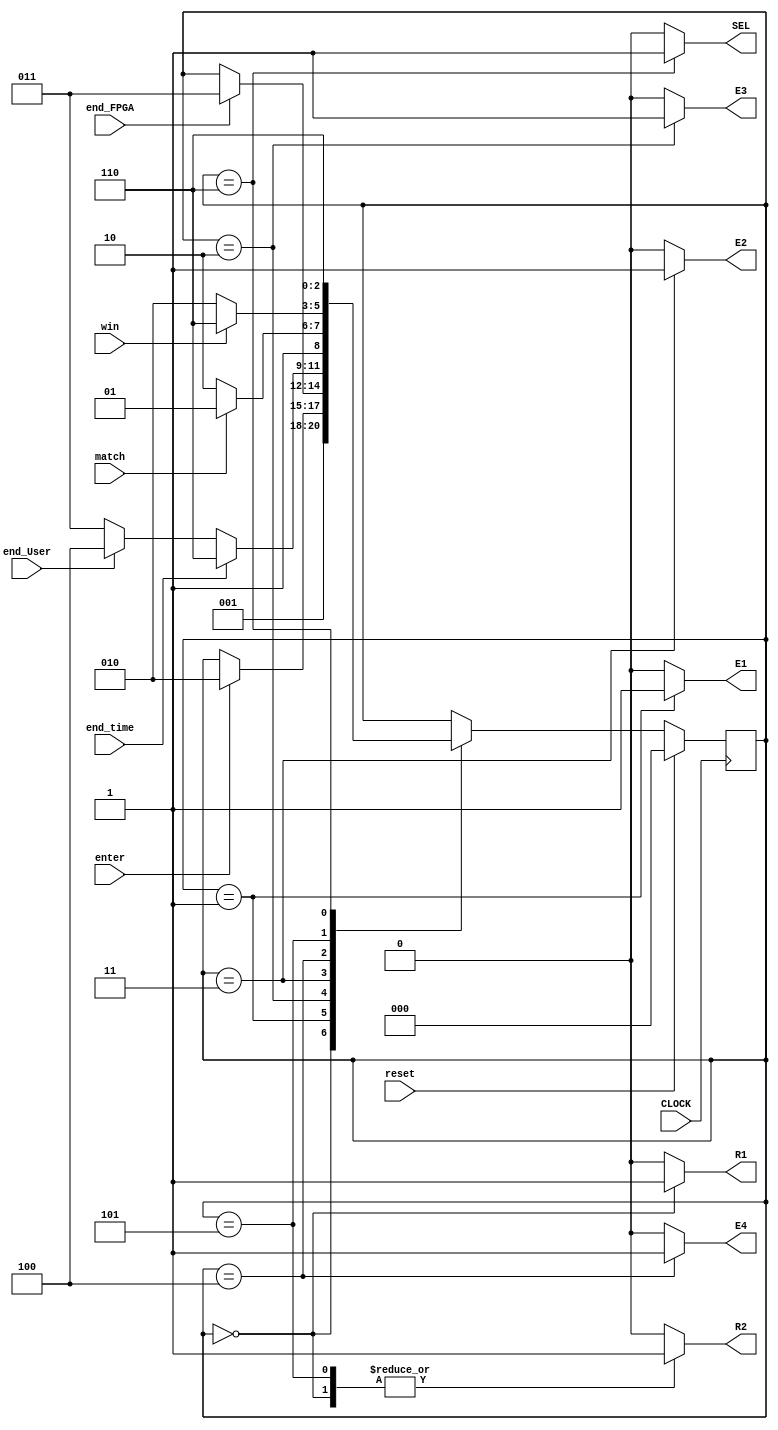
module controle(
CLOCK, enter,
reset, end_FPGA, end_User, end_time, win, match,
R1, R2, E1, E2, E3, E4, SEL
);

input wire CLOCK, enter, reset, end_FPGA, end_User, end_time, win, match; 
output reg R1, R2, E1, E2, E3, E4, SEL;
 
localparam NSTATES = 3;
localparam [NSTATES-1:0]Init       = 3'h0, 
								Setup      = 1,
								Play_FPGA  = 3'o2,
								Play_User  = 3'b011,
								Check      = 3'b100,
								Next_Round = 3'b101,
								Result     = 3'b110;

reg [NSTATES-1:0] state;								
reg [NSTATES-1:0] next_state;

always@ (posedge CLOCK) begin
	if (reset) state <= Init;
	else state = next_state;
end

always@ (enter or end_FPGA or end_User or end_time or win or match or state)	begin
	next_state = state;
	case(state)
		Init: 
			begin
			next_state = Setup;
			end
		Setup: 
			begin
				if (enter == 1'b1) next_state = Play_FPGA; 
			end
		Play_FPGA: 
			begin 
				if (end_FPGA) next_state = Play_User;
			end
		Play_User: 
			begin 
				if (end_time == 1'b1) next_state = Result;
				else if (end_User == 1'b1) next_state = Check;
				else next_state = Play_User;
			end
		Check: 
		begin
			if (match == 1'b1) next_state = Next_Round;
			else next_state = Result;
		end
		Next_Round: 
			begin
				if (win == 1'b1) next_state = Result;
				else next_state = Play_FPGA;
			end
		Result: next_state = Result;
		
	endcase
end	

always@(state) begin
	R1 = 1'b0; R2 = 1'b0; E1 = 1'b0; E2 = 1'b0; E3 = 1'b0; E4 = 1'b0; SEL = 1'b0;
	
	case(state)
		Init:       begin R1 = 1'b1; R2 = 1'b1; E1 = 1'b0; E2 = 1'b0; E3 = 1'b0; E4 = 1'b0; SEL = 1'b0; end	
		Setup:      begin R1 = 1'b0; R2 = 1'b0; E1 = 1'b1; E2 = 1'b0; E3 = 1'b0; E4 = 1'b0; SEL = 1'b0; end
		Play_FPGA:	 begin R1 = 1'b0; R2 = 1'b0; E1 = 1'b0; E2 = 1'b0; E3 = 1'b1; E4 = 1'b0; SEL = 1'b0; end	
		Play_User:  begin R1 = 1'b0; R2 = 1'b0; E1 = 1'b0; E2 = 1'b1; E3 = 1'b0; E4 = 1'b0; SEL = 1'b0; end		
		Check: 	    begin R1 = 1'b0; R2 = 1'b0; E1 = 1'b0; E2 = 1'b0; E3 = 1'b0; E4 = 1'b1; SEL = 1'b0; end	
		Next_Round: begin R1 = 1'b0; R2 = 1'b1; E1 = 1'b0; E2 = 1'b0; E3 = 1'b0; E4 = 1'b0; SEL = 1'b0; end	
		Result:	    begin R1 = 1'b0; R2 = 1'b0; E1 = 1'b0; E2 = 1'b0; E3 = 1'b0; E4 = 1'b0; SEL = 1'b1; end			
	endcase
end

endmodule